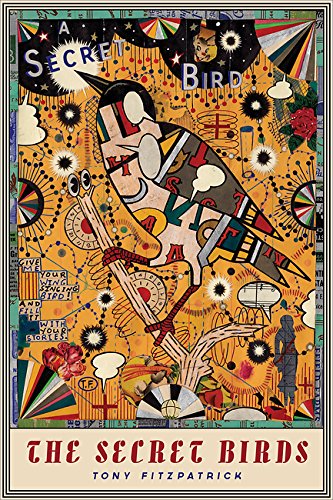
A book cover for The Secret Birds; Tony Fitzpatrick; Arts & Photography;